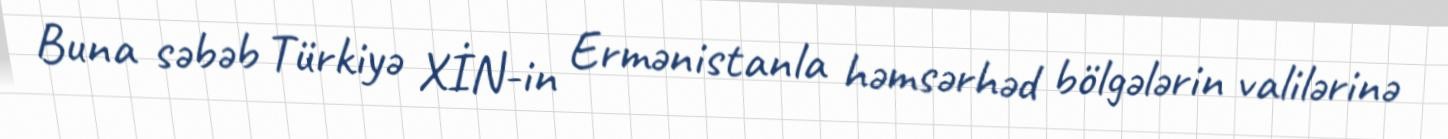
Buna səbəb Türkiyə XİN-in Ermənistanla həmsərhəd bölgələrin valilərinə